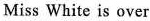
Miss White is over